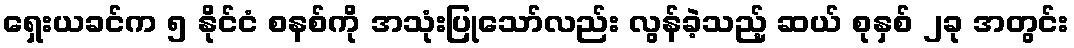
ရှေးယခင်က ၅ နိုင်ငံ စနစ်ကို အသုံးပြုသော်လည်း လွန်ခဲ့သည့် ဆယ် စုနှစ် ၂ခု အတွင်း